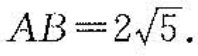
$$A B = 2 \sqrt { 5 }$$。